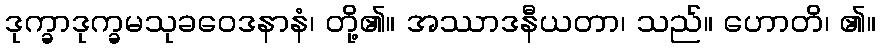
ဒုက္ခာဒုက္ခမသုခဝေဒနာနံ၊ တို့၏။ အဿာဒနီယတာ၊ သည်။ ဟောတိ၊ ၏။